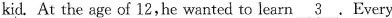
kid. At the age of 12, he wanted to learn \underline{3} .Every